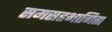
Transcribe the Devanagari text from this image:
समसहभागिता